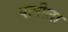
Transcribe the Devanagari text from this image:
वापीला